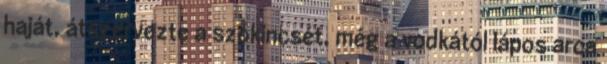
haját, átszervezte a szókincsét, még a vodkától lápos arca